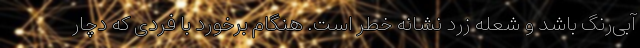
آبی‌رنگ باشد و شعله زرد نشانه خطر است. هنگام برخورد با فردی که دچار